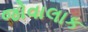
જોવાલાક